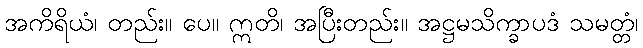
အကိရိယံ၊ တည်း။ ပေ။ ဣတိ၊ အပြီးတည်း။ အဋ္ဌမသိက္ခာပဒံ သမတ္တံ၊